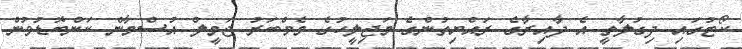
ކޯޓުގައި ދިގުލާތީ އެ ދާއިރާގެ ރައްޔިތުންގެ މަޖިލީހުގެ މެމްބަރު ޖަމީލް އުސްމާން ކަންބޮޑުވުން